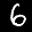
Label: 6